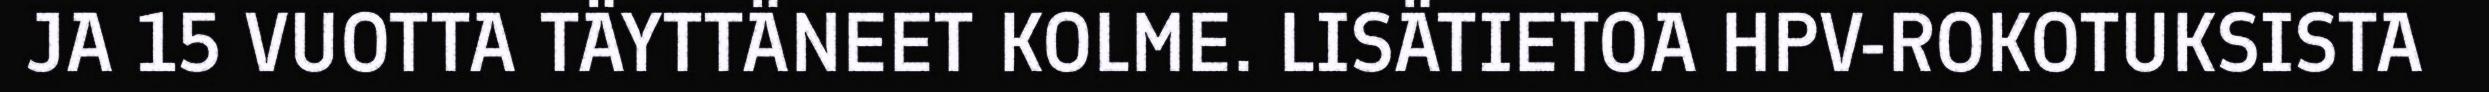
JA 15 VUOTTA TÄYTTÄNEET KOLME. LISÄTIETOA HPV-ROKOTUKSISTA